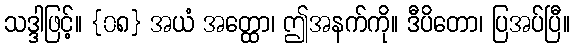
သဒ္ဒါဖြင့်။ {၀၈} အယံ အတ္ထော၊ ဤအနက်ကို။ ဒီပိတော၊ ပြအပ်ပြီ။